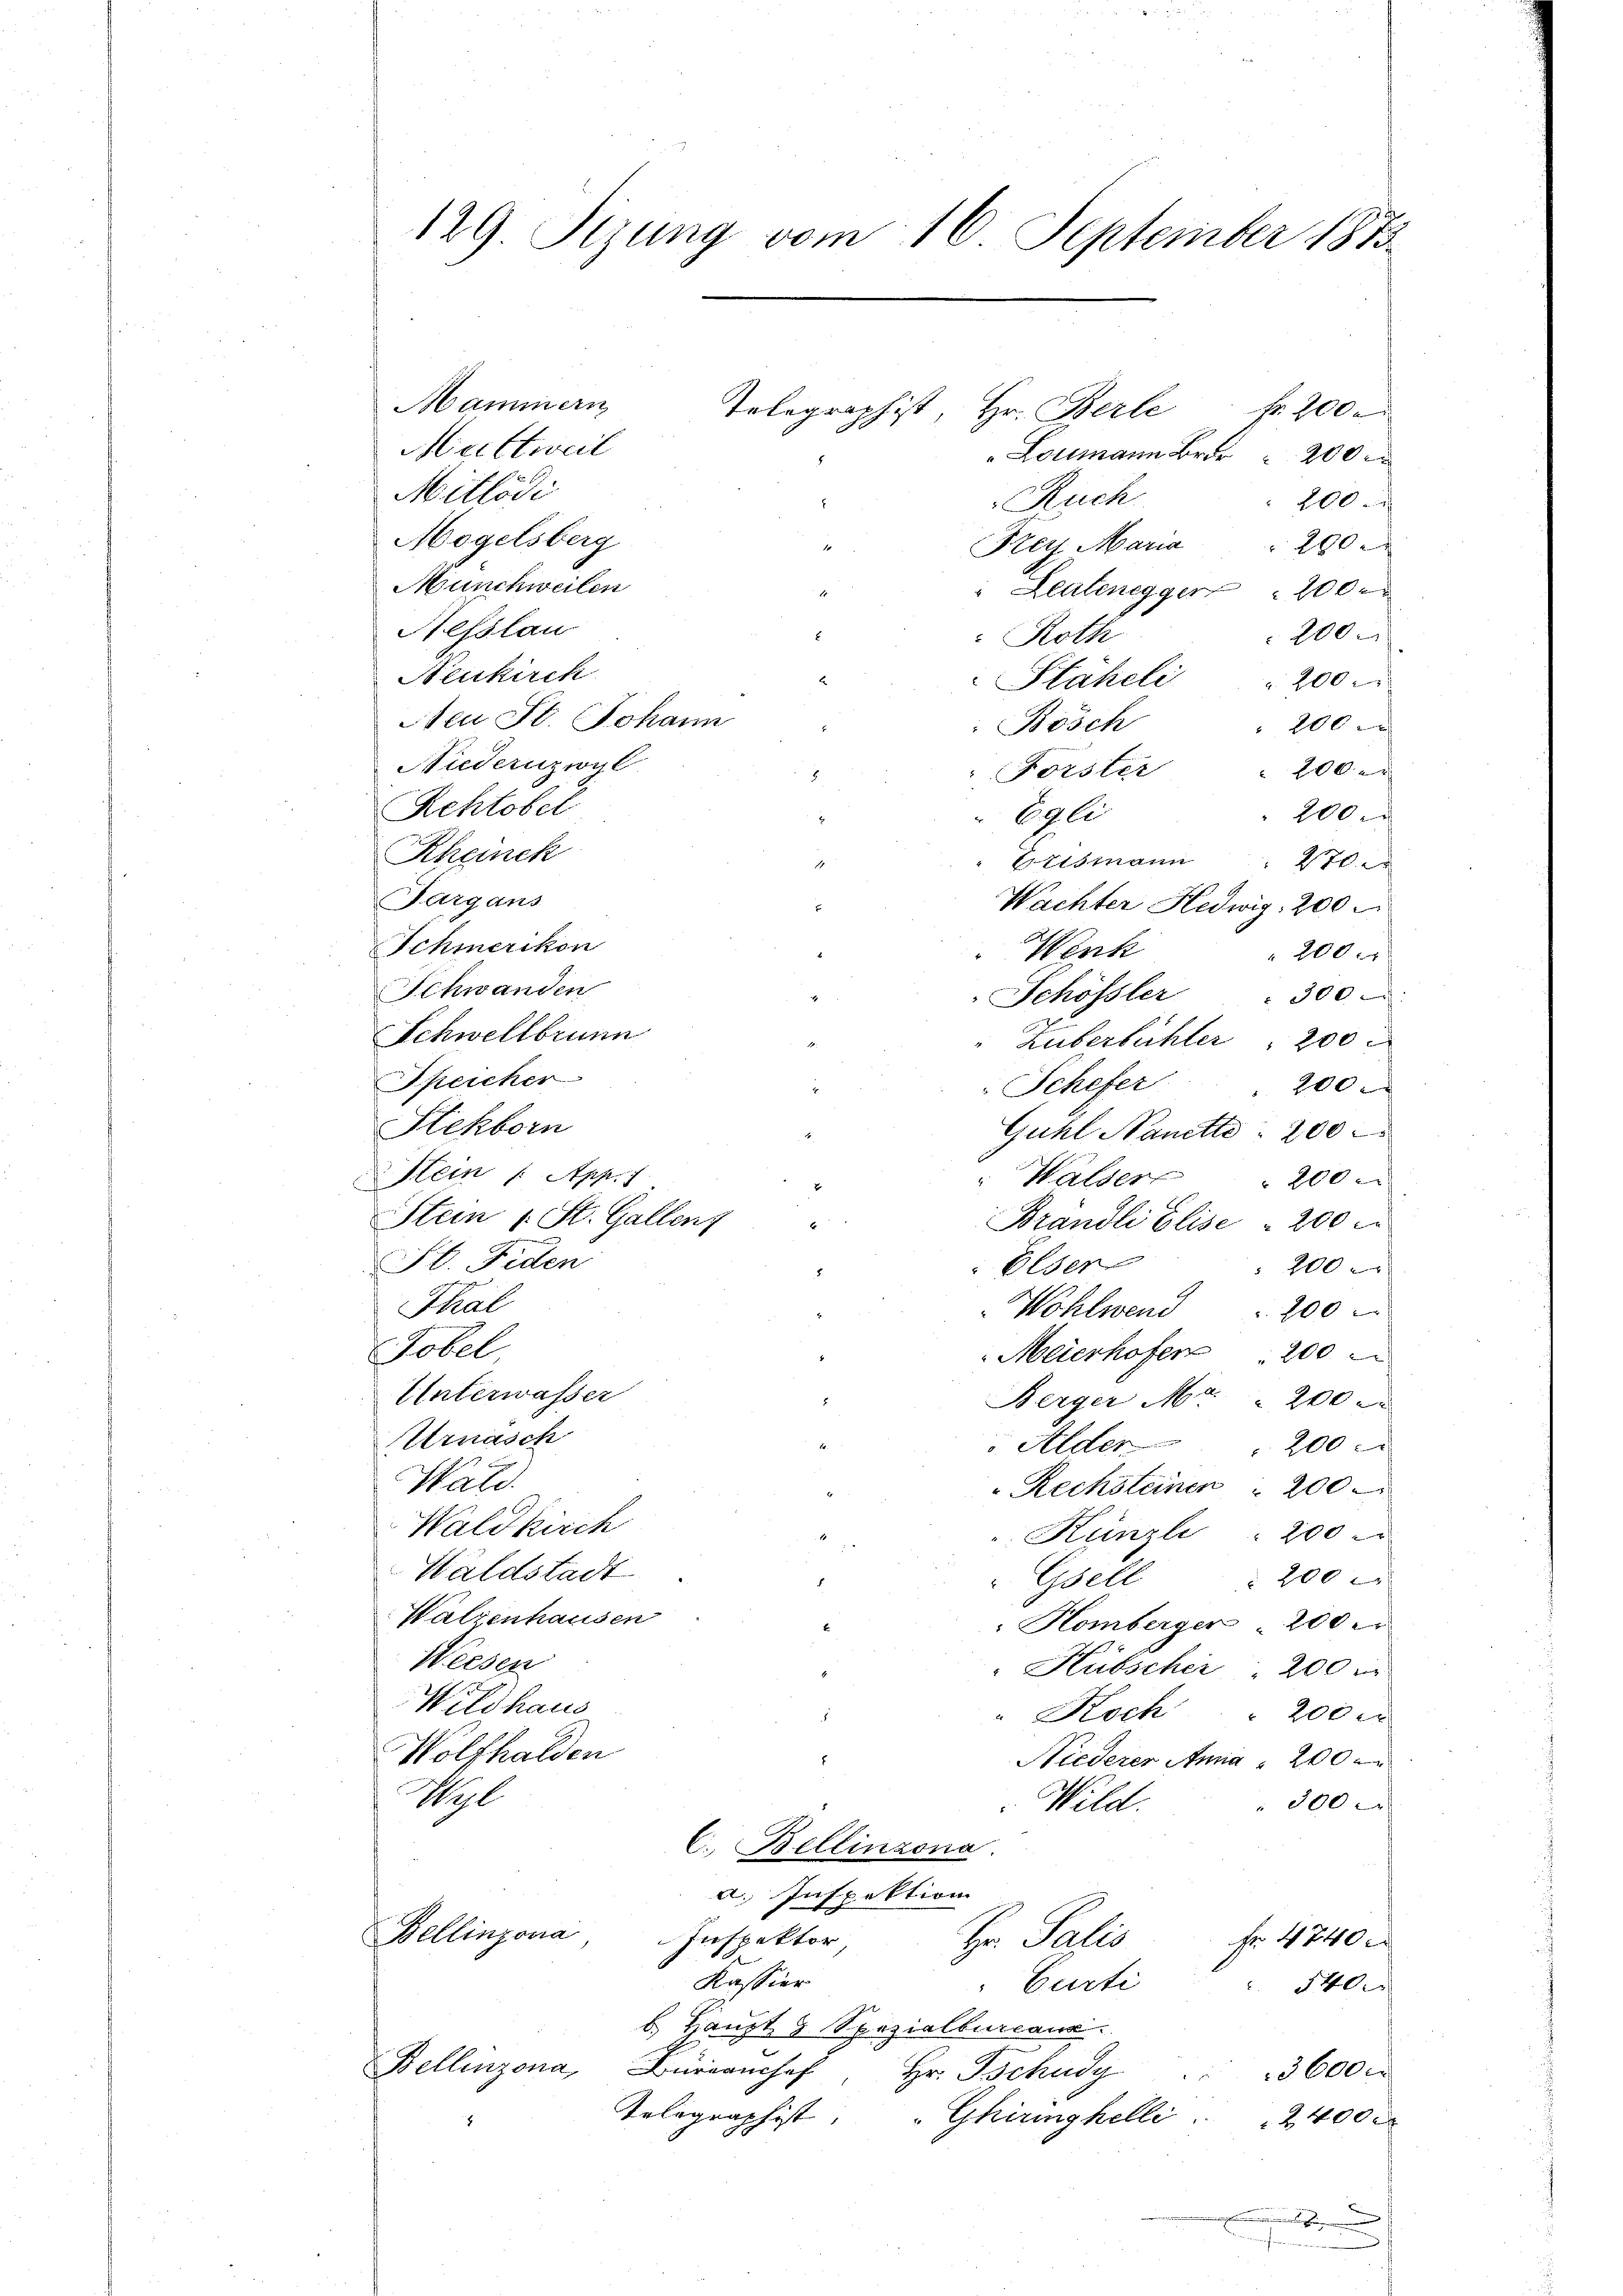
129. Sizung vom 16. September 1873

Mammern
Tolographist, Hr. Berle fr. 200.
Meistweil
Loumann Br 200 x
Mitlödi
Ruch
Mogelsberg
Krey Maria
1
Munchweilen
" Leutenegger 200 r

Aesslau
Roth
Neukirch
Staheli
Nei St. Johann
Bösch
20xx
Niedernzwyl
200
Forster
Rehtobel
200 x
Egli
g
Rheineck
Ettsmann
270.
Fargans
Wachter Hedwig 200.
Schmerikon
Werk
200 x
Schwanden
Schössler
 30 x
Schwellbrunn
Zuberbühler, 200.
Speicher
Schefer
200. F
Sckborn
Guhl Nanette 200
Stein /: App. 7
" Walder " 200
Stein St. Gallens
Brandli Elise 200 r
Sl. Fiden
Elser
200
Thal
Wohlwend 200
Tobel
Meierhofer 200
Unterwasser
Berger Mr. 200
Arnasch
v Alder " 200
Wald.
Rechsteinen " 200.
Waldkirch
Künzli 200
Waldstadt
 200 x
Gsell
Walzenhausen
Homberger 200 er
Weesen
Hübscher, 200
Wildhaus
" Koch " 200 r
Wolfhalden
Niederer Anna 200
Wyl
300
Wild.
C. Bellinzona
a. Inspektion
Bellinzona
Inspektor
Fr. 4740
Hr. Salis
Kassier
Curti
540
b. Haupt & Spezialbureaus
Bellinzona, Büche Hr. Behuy . . 3600 r
Telegraphist. " Ghiringhelli . . 2400
b

200
2800
200
200